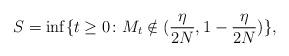
LaTeX: \begin{align*} S = \inf \{ t \geq 0 \colon M_t \notin (\frac{\eta}{2N}, 1 - \frac{\eta}{2N}) \}, \end{align*}